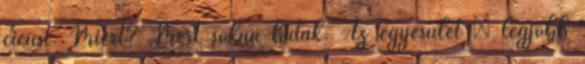
cicust. Miért? Mert sokan buták. Az egyesület „ legjobb